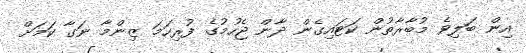
އިން ބަލިވެ މުބާރާތުން ކަޓައިގެން ދާން ޖެހުމުގެ ފުރިހަމަ ޒިންމާ ނަގާ ކަމަށް